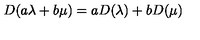
D ( a \lambda + b \mu ) = a D ( \lambda ) + b D ( \mu )